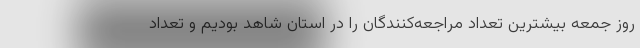
روز جمعه بیشترین تعداد مراجعه‌کنندگان را در استان شاهد بودیم و تعداد